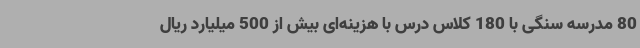
80 مدرسه سنگی با 180 کلاس درس با هزینه‌ای بیش از 500 میلیارد ریال